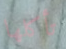
تأكلها